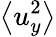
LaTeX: \left<u_{y}^{2}\right>